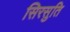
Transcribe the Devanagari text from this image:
सिरसुति